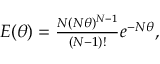
\begin{array} { r } { E ( \theta ) = \frac { N ( N \theta ) ^ { N - 1 } } { ( N - 1 ) ! } e ^ { - N \theta } , } \end{array}